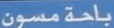
ياحةمسون